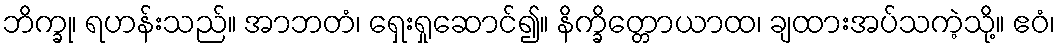
ဘိက္ခု၊ ရဟန်းသည်။ အာဘတံ၊ ရှေးရှုဆောင်၍။ နိက္ခိတ္တောယာထ၊ ချထားအပ်သကဲ့သို့။ ဧဝံ၊